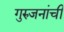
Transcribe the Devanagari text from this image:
गुरुजनांची